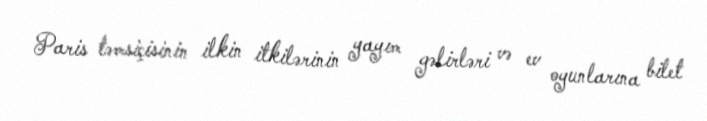
Paris təmsiçisinin ilkin itkilərinin yayım gəlirləri və ev oyunlarına bilet